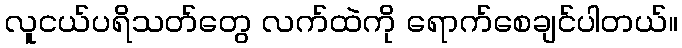
လူငယ်ပရိသတ်တွေ လက်ထဲကို ရောက်စေချင်ပါတယ်။